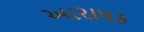
આરાધક